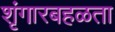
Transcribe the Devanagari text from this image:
शृंगारबहळता